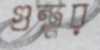
গুন্তুর